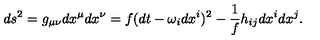
d s ^ { 2 } = g _ { \mu \nu } d x ^ { \mu } d x ^ { \nu } = f ( d t - \omega _ { i } d x ^ { i } ) ^ { 2 } - \frac { 1 } { f } h _ { i j } d x ^ { i } d x ^ { j } .